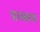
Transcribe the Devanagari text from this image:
प्राब्लम